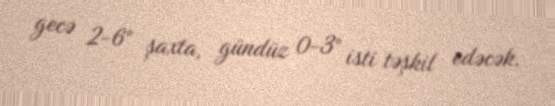
gecə 2-6° şaxta, gündüz 0-3° isti təşkil edəcək.